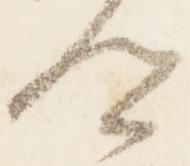
卿